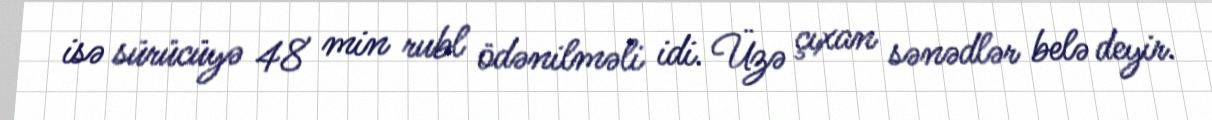
isə sürücüyə 48 min rubl ödənilməli idi. Üzə çıxan sənədlər belə deyir.